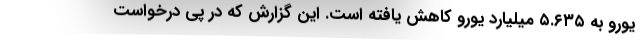
یورو به ۵.۶۳۵ میلیارد یورو کاهش یافته است. این گزارش که در پی درخواست